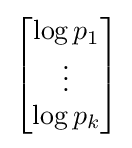
{\begin{bmatrix}\log p_{1}\\\vdots \\\log p_{k}\end{bmatrix}}